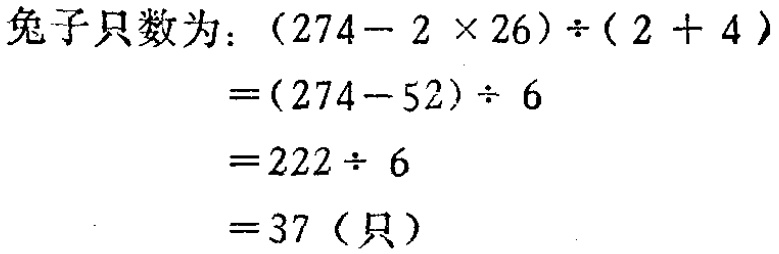
兔子只数为：\((274 - 2\times26)\div(2 + 4)\)

\(=(274 - 52)\div6\)

\(=222\div6\)

\(=37\)（只）